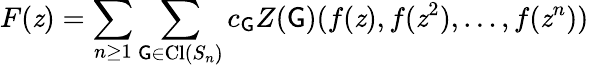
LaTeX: F(\mathit{z})=\sum_{n\geq1}\sum_{\mathsf{G}\in\operatorname{Cl}(S_{n})}c_{\mathsf{G}}Z(\mathsf{G})(f(\mathit{z}),f(\mathit{z}^{2}),\ldots,f(\mathit{z}^{n}))